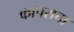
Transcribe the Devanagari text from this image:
कापराचा